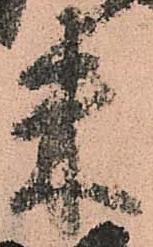
米